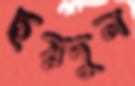
ছয়দুল